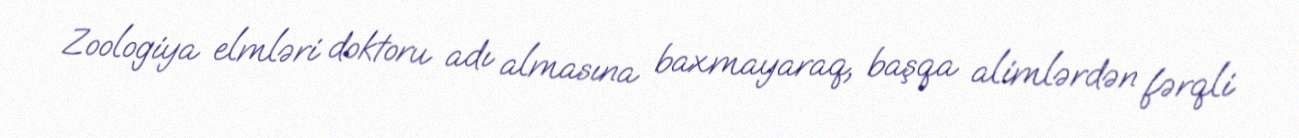
Zoologiya elmləri doktoru adı almasına baxmayaraq, başqa alimlərdən fərqli